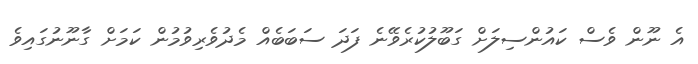
އެ ނޫން ވެސް ކައުންސިލަށް ގަބޫލުކުރެވޭނެ ފަދަ ސަބަބެއް މެދުވެރިވުމުން ކަމަށް ގާނޫނުގައިވެ